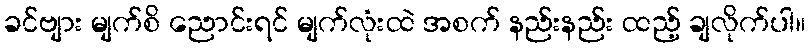
ခင်ဗျား မျက်စိ ညောင်းရင် မျက်လုံးထဲ အစက် နည်းနည်း ထည့် ချလိုက်ပါ။